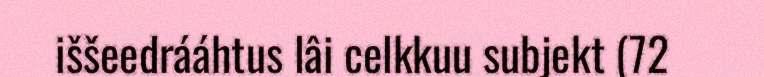
iššeedrááhtus lâi celkkuu subjekt (72